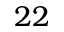
2 2